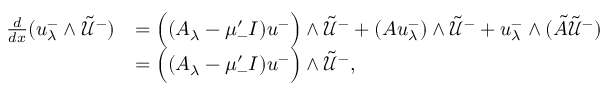
\begin{array} { r l } { \frac { d } { d x } ( u _ { \lambda } ^ { - } \wedge \tilde { \mathcal { U } } ^ { - } ) } & { = \Big ( ( A _ { \lambda } - \mu _ { - } ^ { \prime } I ) u ^ { - } \Big ) \wedge \tilde { \mathcal { U } } ^ { - } + ( A u _ { \lambda } ^ { - } ) \wedge \tilde { \mathcal { U } } ^ { - } + u _ { \lambda } ^ { - } \wedge ( \tilde { A } \tilde { \mathcal { U } } ^ { - } ) } \\ & { = \Big ( ( A _ { \lambda } - \mu _ { - } ^ { \prime } I ) u ^ { - } \Big ) \wedge \tilde { \mathcal { U } } ^ { - } , } \end{array}